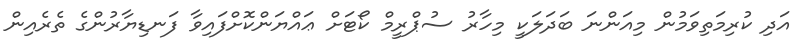
އަދި ކުރިމަތިވަމުން މިއަންނަ ބަދަލަކީ މިހާރު ސުޕްރީމް ކޯޓަށް ޢައްޔަންކޮށްފައިވާ ފަނޑިޔާރުންގެ ތެރެއިން